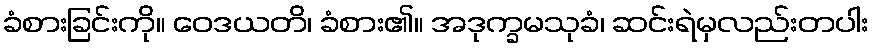
ခံစားခြင်းကို။ ဝေဒယတိ၊ ခံစား၏။ အဒုက္ခမသုခံ၊ ဆင်းရဲမှလည်းတပါး